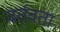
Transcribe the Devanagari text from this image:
वर्तवता